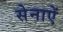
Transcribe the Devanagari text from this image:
सेनाऐं